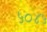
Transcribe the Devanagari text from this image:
५०४५